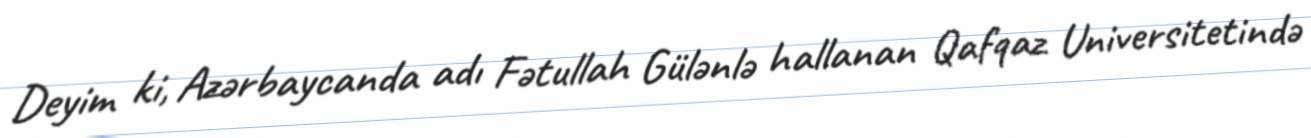
Deyim ki, Azərbaycanda adı Fətullah Gülənlə hallanan Qafqaz Universitetində